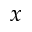
x